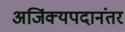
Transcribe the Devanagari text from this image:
अजिंक्यपदानंतर